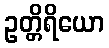
ဥတ္တိရိယော